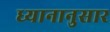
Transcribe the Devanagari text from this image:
ध्यानानुसार